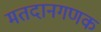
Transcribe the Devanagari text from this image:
मतदानगणक